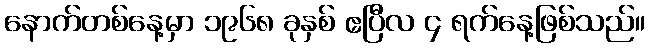
နောက်တစ်နေ့မှာ ၁၉၆၈ ခုနှစ် ဧပြီလ ၄ ရက်နေ့ဖြစ်သည်။